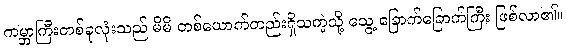
ကမ္ဘာကြီးတစ်ခုလုံးသည် မိမိ တစ်ယောက်တည်းရှိသကဲ့သို့ သွေ့ ခြောက်ခြောက်ကြီး ဖြစ်လာ၏။